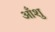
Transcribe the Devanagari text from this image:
आँशु